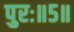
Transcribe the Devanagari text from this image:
पुरः॥५॥